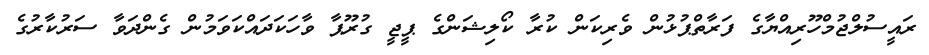
ރައީސުލްޖުމްހޫރިއްޔާގެ ފަރާތްޕުޅުން ވެރިކަން ކުރާ ކޯލިޝަންގެ ޕީޖީ ގުރޫޕާ ވާހަކަދައްކަވަމުން ގެންދަވާ ސަރުކާރުގެ